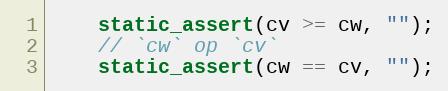
Language: C++
    static_assert(cv >= cw, "");
    // `cw` op `cv`
    static_assert(cw == cv, "");